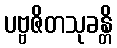
ပဗ္ဗဇိတသုခန္တိ